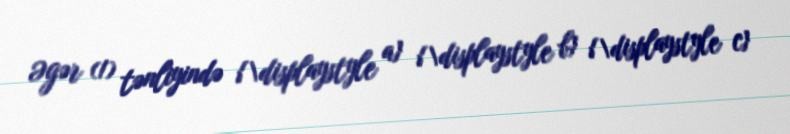
Əgər (1) tənliyində {\displaystyle a} {\displaystyle b} {\displaystyle c}